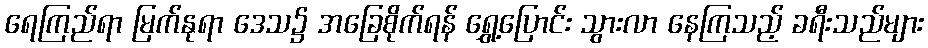
ရေကြည်ရာ မြက်နုရာ ဒေသ၌ အခြေစိုက်ရန် ရွှေ့ပြောင်း သွားလာ နေကြသည့် ခရီးသည်များ